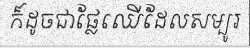
ក៏ដូចជាផ្លែឈើដែលសម្បូរ